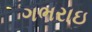
ગભરાઇ